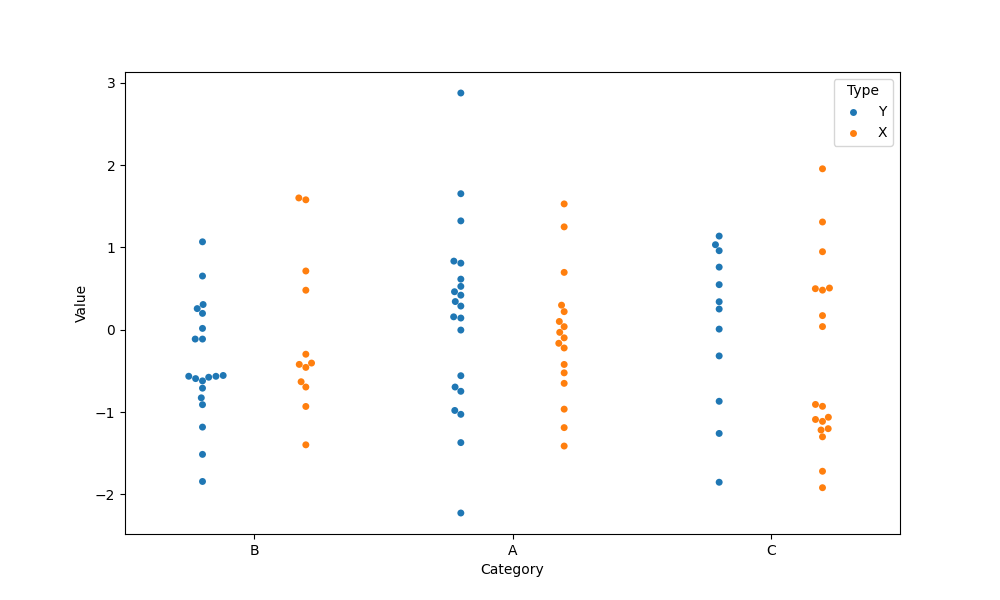
python, seaborn, swarmplot, dodge=True, alpha=1.0, size=5